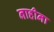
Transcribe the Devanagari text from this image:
नाहीना